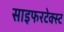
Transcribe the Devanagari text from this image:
साइफरटेक्स्ट